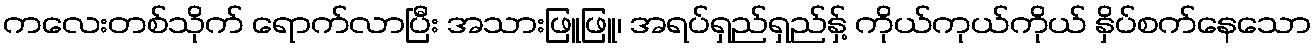
ကလေးတစ်သိုက် ရောက်လာပြီး အသားဖြူဖြူ၊ အရပ်ရှည်ရှည်နှ့် ကိုယ်ကုယ်ကိုယ် နှိပ်စက်နေသော